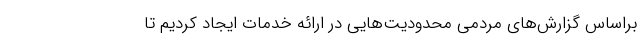
براساس گزارش‌های مردمی محدودیت‌هایی در ارائه خدمات ایجاد کردیم تا